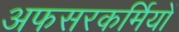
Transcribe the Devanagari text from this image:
अफसरकर्मियों